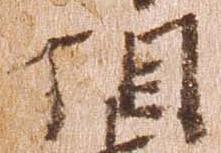
相